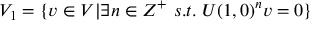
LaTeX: V _ { 1 } = \{ v \in V | \exists n \in Z ^ { + } \ s . t . \ U ( 1 , 0 ) ^ { n } v = 0 \}